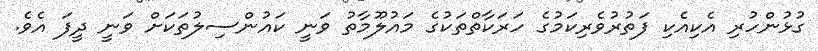
ގުޅުންހުރި އެކިއެކި ފަތުރުވެރިކަމުގެ ހަރަކާތްތަކުގެ މައުލޫމާތު ވަނީ ކަައުންސިލުތަކަށް ވަނީ ދީފަ އެވެ.